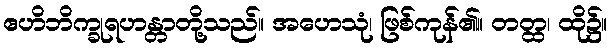
ဧဟိဘိက္ခုရဟန္တာတို့သည်။ အဟေသုံ၊ ဖြစ်ကုန်၏။ တတ္ထ၊ ထို၌။